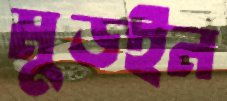
মুডইন